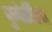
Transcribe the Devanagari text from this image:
कुबेर्तींला